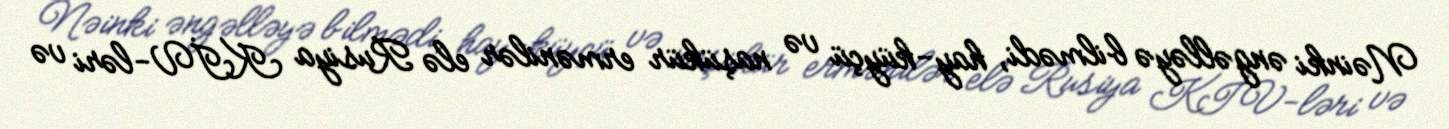
Nəinki əngəlləyə bilmədi, hay-küyçü və naşükür ermənilər elə Rusiya KİV-ləri və